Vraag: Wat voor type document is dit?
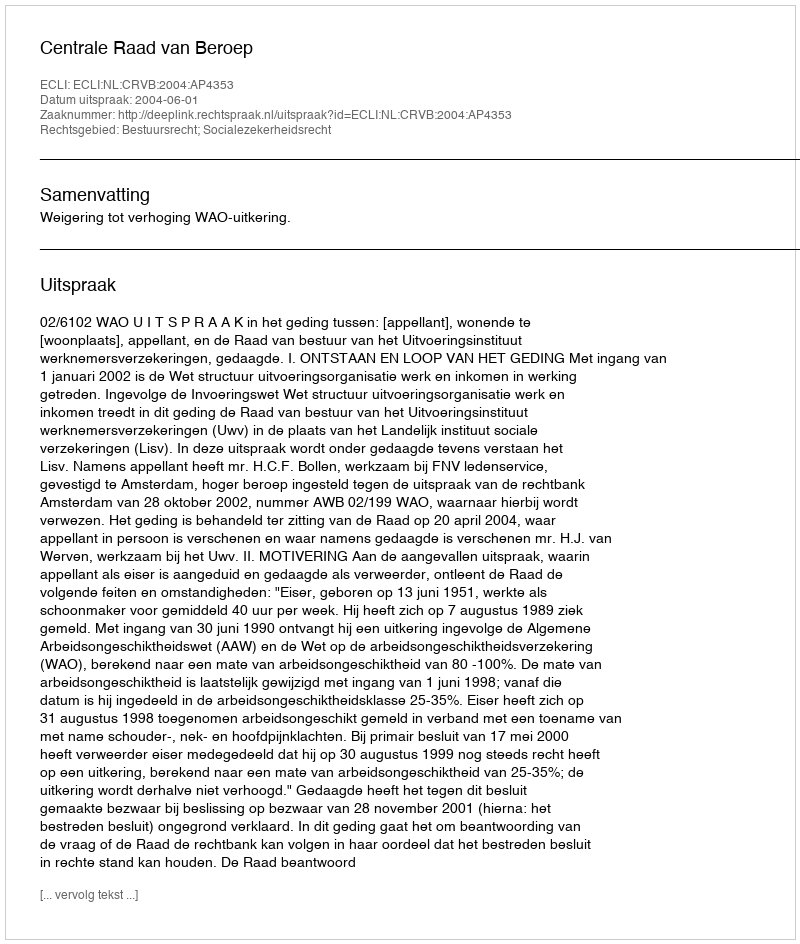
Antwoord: Uitspraak